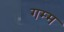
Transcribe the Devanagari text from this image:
गम्म